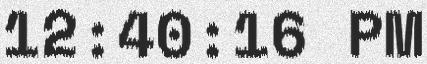
12:40:16 PM